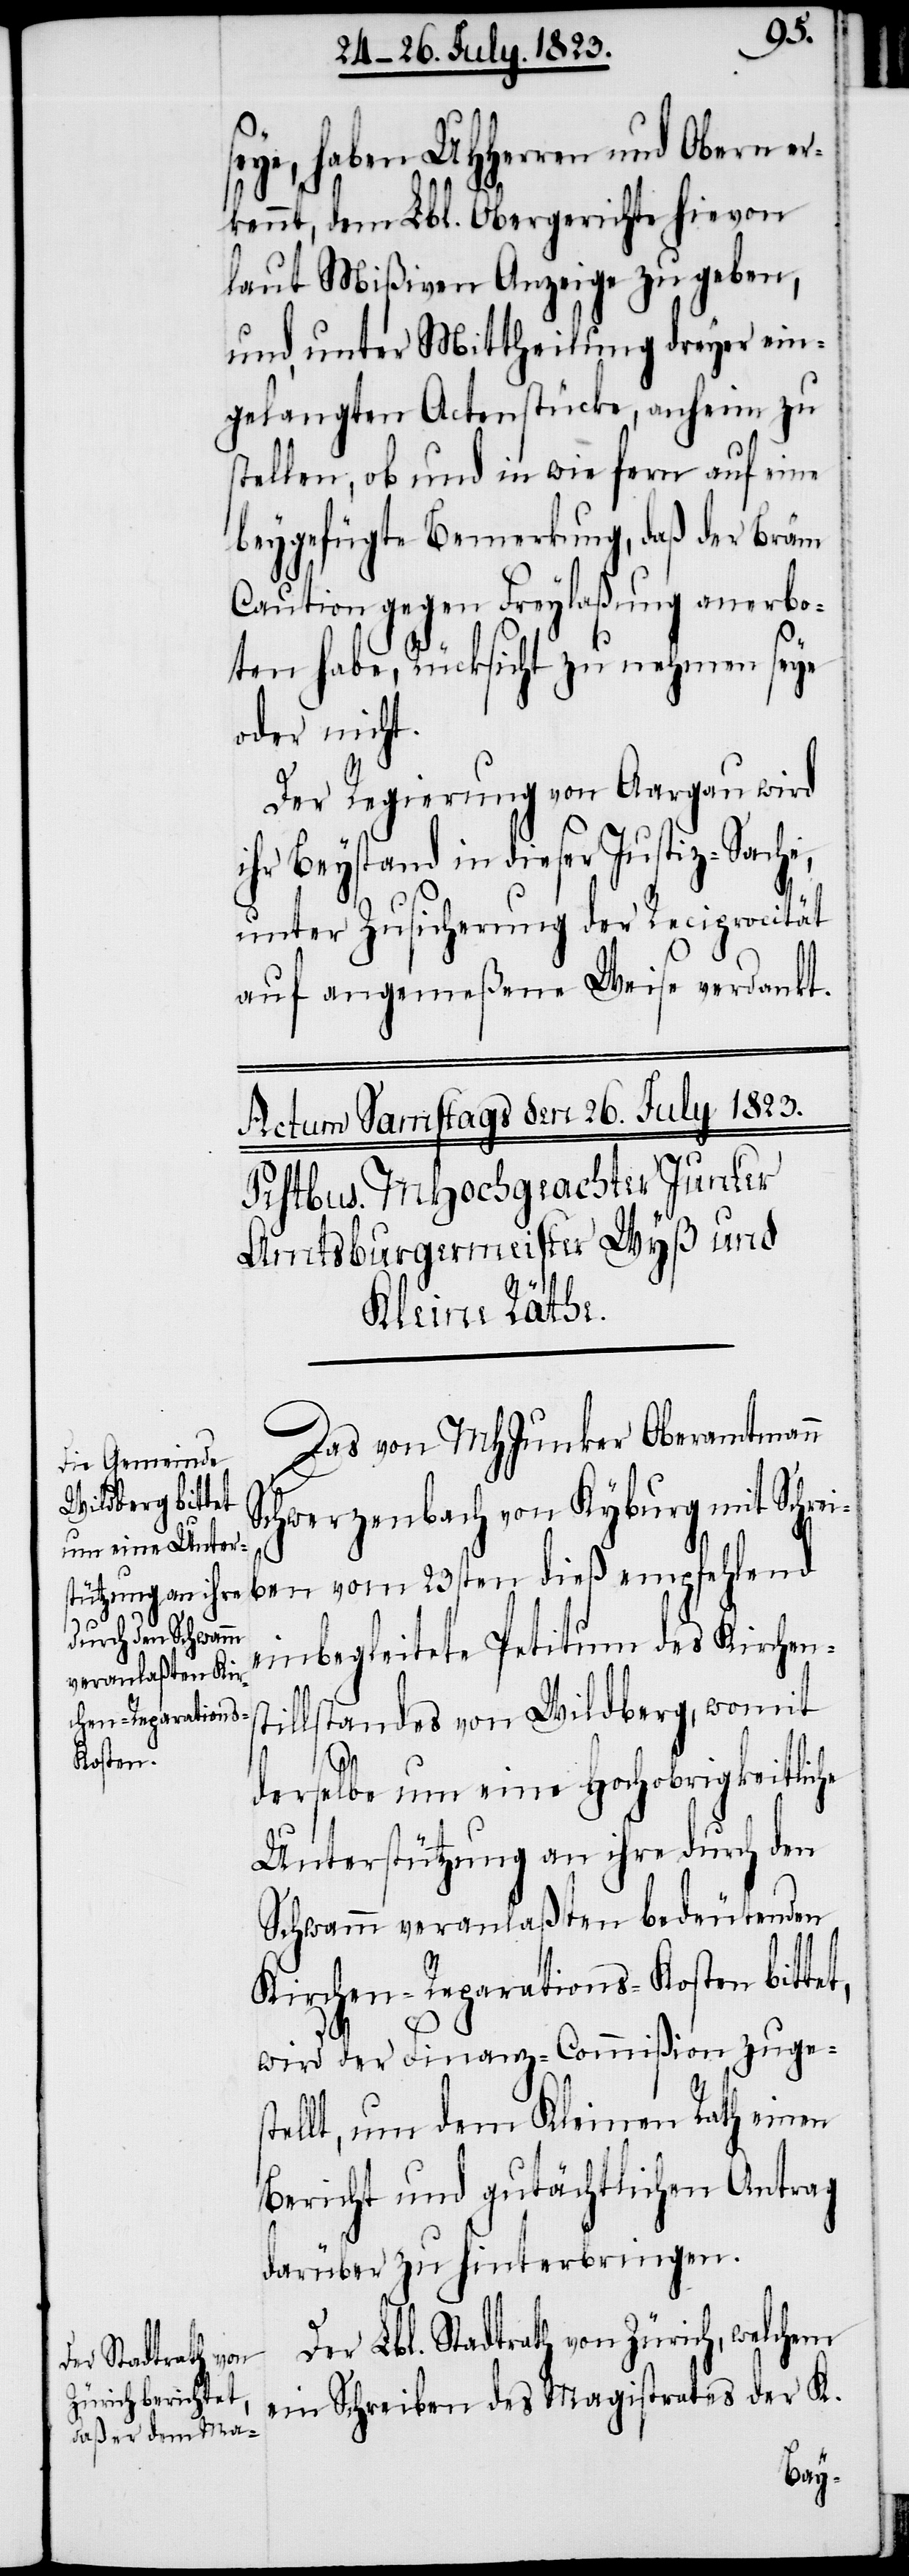
t,
seye, haben UHHerren und Obern er¬
kennt, dem Lbl. Obergerichte hievon
laut Mißiven Anzeige zu geben,
und, unter Mittheilung dreyer ein¬
gelangten Actenstücke, anheim zu
stellen, ob und in wie fern auf eine
beygefügte Bemerkung, daß der Bräm
Caution gegen Freylaßung anerbo¬
ten habe, Rücksicht zu nehmen seye
oder nicht.
Der Regierung von Aargau wird
ihr Beystand in dieser Justiz-Sache,
unter Zusicherung der Reciprocität
auf angemeßene Weise verdankt.
Das von MHJunker Oberamtmann
Schwerzenbach von Kyburg mit Schrei¬
ben vom 23sten dieß empfehlend
einbegleitete Petitum des Kirchens¬
tillstandes von Wildberg, womit
derselbe um eine Hochobrigkeitliche
Unterstützung an ihre durch den
Schwamm veranlaßten bedeutenden
Kirchen-Reparations-Kosten bitte¬
wird der Finanz-Commißion zuge¬
stellt, um dem Kleinen Rath einen
Bericht und gutächtlichen Antrag
darüber zu hinterbringen.
Der Lbl. Stadtrath von Zürich, welchem
ein Schreiben des Magistrates der K.